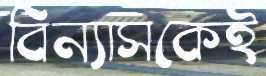
বিন্যাসকেই